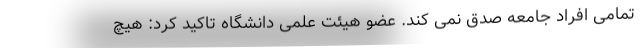
تمامی افراد جامعه صدق نمی کند. عضو هیئت علمی دانشگاه تاکید کرد: هیچ